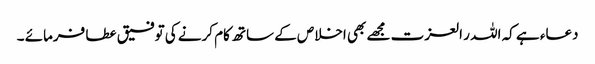
دعاء ہے کہ اللہ ر العزت مجھے بھی اخلاص کے ساتھ کام کرنے کی توفیق عطا فرمائے ۔